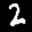
Label: 2